Leaving Certificate Examination (including Day School Certificate (Higher) General paper), 1926
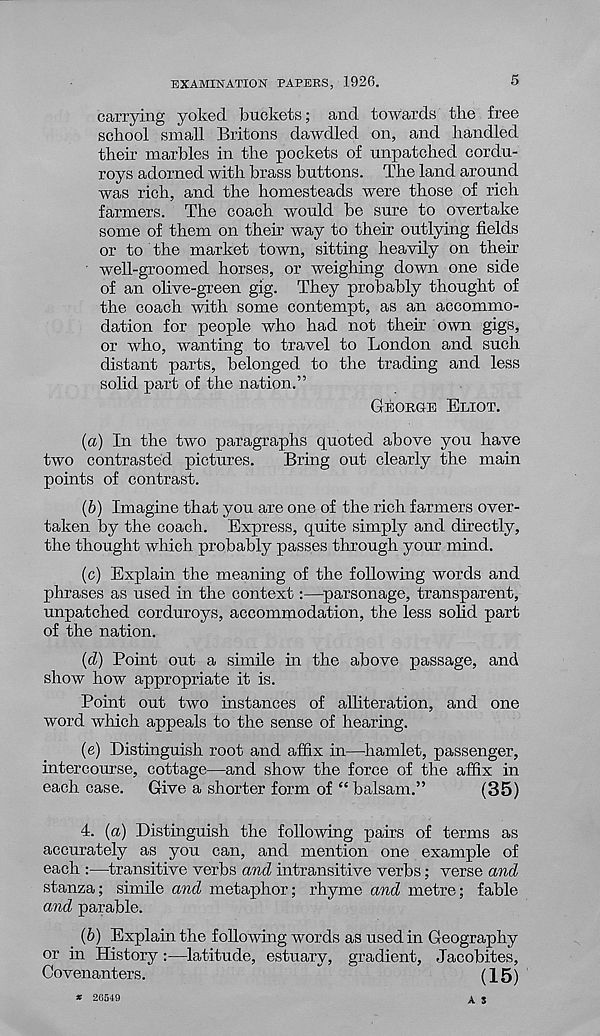
EXAMINATION PAPERS, 1926.
5
carrying yoked buckets; and towards the free
school small Britons dawdled on, and handled
their marbles in the pockets of unpatched cordu-
roys adorned with brass buttons. The land around
was rich, and the homesteads were those of rich
farmers. The coach would be sure to overtake
some of them on their way to their outlying fields
or to the market town, sitting heavily on their
well-groomed horses, or weighing down one side
of an olive-green gig. They probably thought of
the coach with some contempt, as an accommo-
dation for people who had not their own gigs,
or who, wanting to travel to London and such
distant parts, belonged to the trading and less
solid part of the nation.”
GEORGE ELIOT.
(a) In the two paragraphs quoted above you have
two contrasted pictures.
Bring out clearly the main
points of contrast.
(b) Imagine that you are one of the rich farmers over-
taken by the coach. Express, quite simply and directly,
the thought which probably passes through your mind.
(c) Explain the meaning of the following words and
phrases as used in the context:—parsonage, transparent,
unpatched corduroys, accommodation, the less solid part
of the nation.
(d) Point out a simile in the above passage, and
show how appropriate it is.
Point out two instances of alliteration, and one
word which appeals to the sense of hearing.
(e) Distinguish root and affix in—hamlet, passenger,
intercourse, cottage—and show the force of the affix in
each case. Give a shorter form of “ balsam.
(35)
4. (a) Distinguish the following pairs of terms as
accurately as you can, and mention one example of
each :—transitive verbs and intransitive verbs; verse and
stanza; simile and metaphor; rhyme and metre; fable
and parable.
(b) Explain the following words as used in Geography
or in History:—latitude, estuary, gradient, Jacobites,
Covenanters.
(15)
A S
* 26549